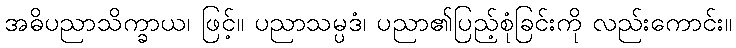
အဓိပညာသိက္ခာယ၊ ဖြင့်။ ပညာသမ္ပဒံ၊ ပညာ၏ပြည့်စုံခြင်းကို လည်းကောင်း။